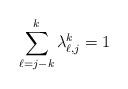
LaTeX: \begin{align*}\sum_{\ell=j-k}^k \lambda_{\ell,j}^k =1\end{align*}